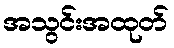
အသွင်းအထုတ်